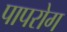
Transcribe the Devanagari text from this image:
पापरोग